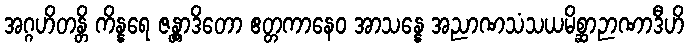
အဂ္ဂဟိတန္တိ ကိန္နရေ ဇန္တွာဒိတော ဧတ္တကာနေဝ အာသန္နေ အညာဏသံသယမိစ္ဆာဉာဏာဒီဟိ